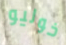
خوليو